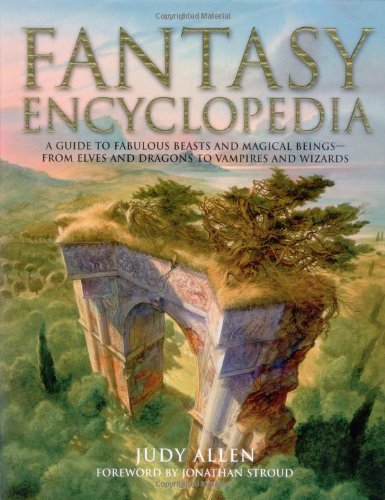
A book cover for Fantasy Encyclopedia; Judy Allen; Reference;